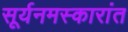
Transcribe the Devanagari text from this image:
सूर्यनमस्कारांत